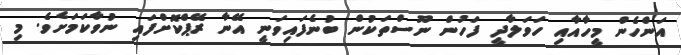
އަންހެން މީހާއާއި ހަވަލާދީ ފަހުން ނޫސްތަކުން ބުނެފައިވަނީ އޭނާ ރޭޕްކޮށްފައި ނުވާކަމަށެވެ. މި